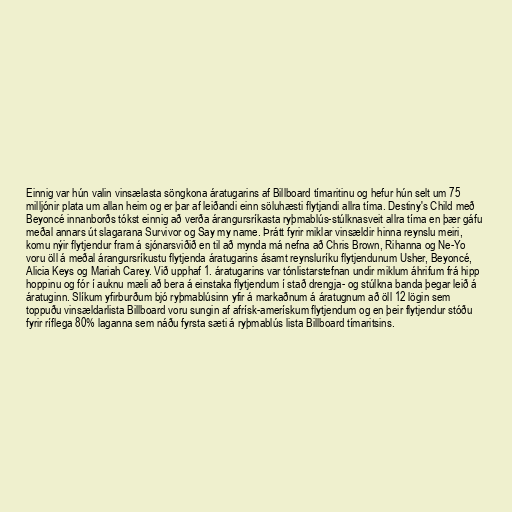
Einnig var hún valin vinsælasta söngkona áratugarins af Billboard tímaritinu og hefur hún selt um 75
milljónir plata um allan heim og er þar af leiðandi einn söluhæsti flytjandi allra tíma. Destiny's Child með
Beyoncé innanborðs tókst einnig að verða árangursríkasta ryþmablús-stúlknasveit allra tíma en þær gáfu
meðal annars út slagarana Survivor og Say my name. Þrátt fyrir miklar vinsældir hinna reynslu meiri,
komu nýir flytjendur fram á sjónarsviðið en til að mynda má nefna að Chris Brown, Rihanna og Ne-Yo
voru öll á meðal árangursríkustu flytjenda áratugarins ásamt reynsluríku flytjendunum Usher, Beyoncé,
Alicia Keys og Mariah Carey. Við upphaf 1. áratugarins var tónlistarstefnan undir miklum áhrifum frá hipp
hoppinu og fór í auknu mæli að bera á einstaka flytjendum í stað drengja- og stúlkna banda þegar leið á
áratuginn. Slíkum yfirburðum bjó ryþmablúsinn yfir á markaðnum á áratugnum að öll 12 lögin sem
toppuðu vinsældarlista Billboard voru sungin af afrísk-amerískum flytjendum og en þeir flytjendur stóðu
fyrir ríflega 80% laganna sem náðu fyrsta sæti á ryþmablús lista Billboard tímaritsins.